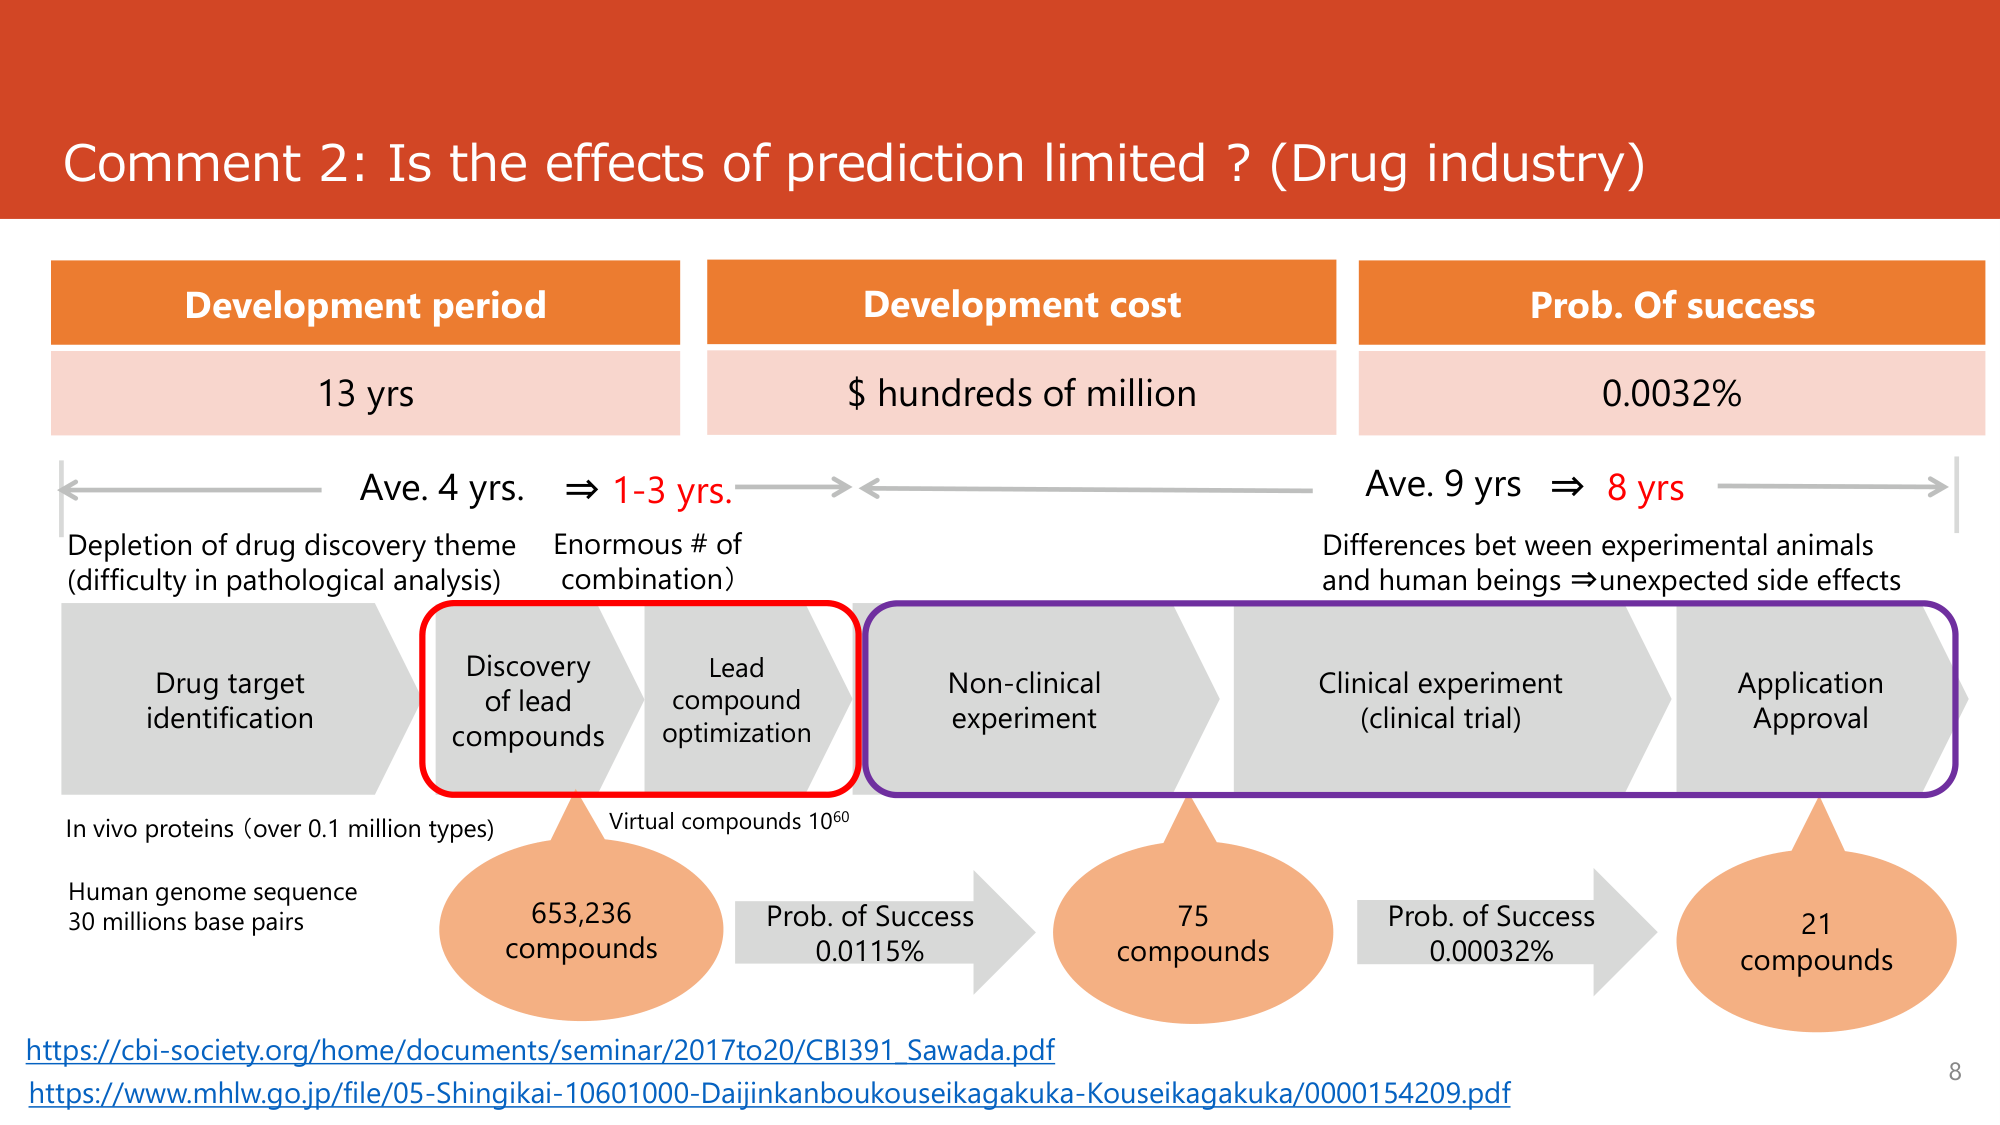
Comment 2: Is the effects of prediction limited? (Drug industry)

Development period
13 yrs

Development cost
$ hundreds of million

Prob. Of success
0.0032%

Ave. 4 yrs. ⇒ 1-3 yrs.
Depletion of drug discovery theme (difficulty in pathological analysis)

Enormous # of combination)

Ave. 9 yrs ⇒ 8 yrs
Differences bet ween experimental animals and human beings ⇒ unexpected side effects

Drug target identification

Discovery of lead compounds

Lead compound optimization

Non-clinical experiment

Clinical experiment (clinical trial)

Application Approval

In vivo proteins (over 0.1 million types)
Human genome sequence 30 millions base pairs

Virtual compounds 10⁶⁰

653,236 compounds

Prob. of Success 0.0115%

75 compounds

Prob. of Success 0.00032%

21 compounds

https://cbi-society.org/home/documents/seminar/2017to20/CBI391_Sawada.pdf
https://www.mhlw.go.jp/file/05-Shingikai-10601000-Daijinkanboukouseikagakuka-Kouseikagakuka/0000154209.pdf

8